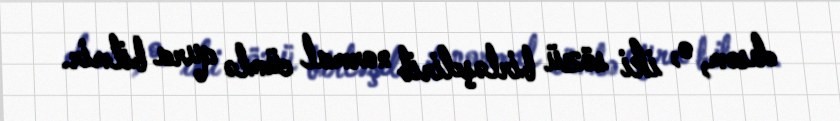
desəm, o, iki sözü birləşdirib normal cümlə qura bilmir.